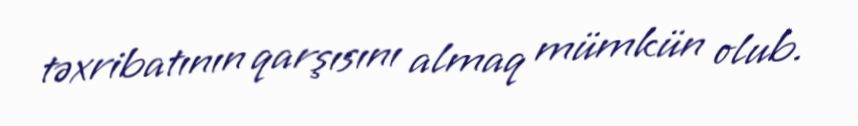
təxribatının qarşısını almaq mümkün olub.